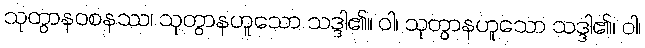
သုတွာနဝစနဿ၊ သုတွာနဟူသော သဒ္ဒါ၏။ ဝါ၊ သုတွာနဟူသော သဒ္ဒါ၏၊ ဝါ၊